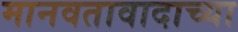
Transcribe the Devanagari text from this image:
मानवतावादाच्या